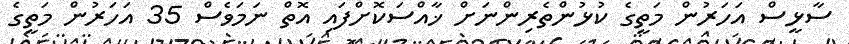
ސާޅީސް އަހަރުން މަތީގެ ކުޅުންތެރިންނަށް ޚާއްސަކޮށްފައި އޮތް ނަމަވެސް 35 އަހަރުން މަތީގެ